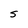
Character: S